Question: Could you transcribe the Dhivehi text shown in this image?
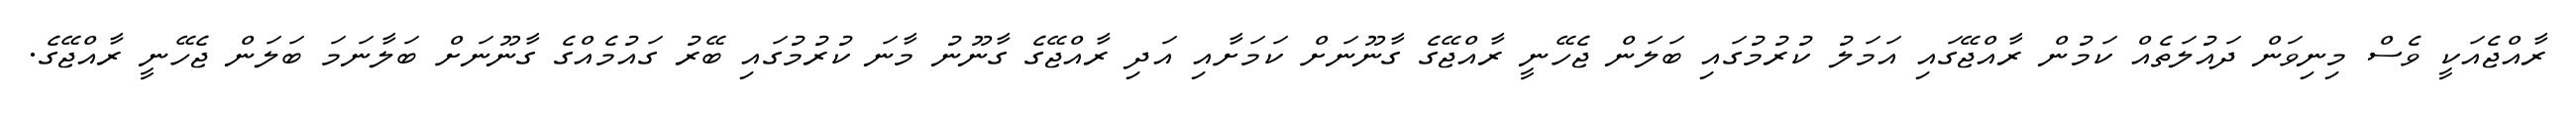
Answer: ރާއްޖެއަކީ ވެސް މިނިވަން ދައުލަތެއް ކަމުން ރާއްޖޭގައި އަމަލު ކުރުމުގައި ބަލަން ޖެހޭނީ ރާއްޖޭގެ ގާނޫނަށް ކަމަށާއި އަދި ރާއްޖޭގެ ގާނޫނު މާނަ ކުރުމުގައި ބޭރު ގައުމެއްގެ ގާނޫނަށް ބަލާނަމަ ބަލަން ޖެހޭނީ ރާއްޖޭގެ.